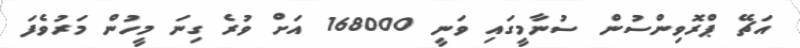
އަޗޭ ޕްރޮވިންސުން ސުނާމީގައި ވަނީ 168000 އަށް ވުރެ ގިނަ މީހުން މަރުވެފަ